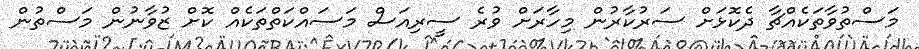
މަސްތުވާތަކެއްޗާ ދެކޮޅަށް ސަރުކާރުން މިހާރަށް ވުރެ ސީރިއަސް މަސައްކަތްތަކެއް ކޮށް ޒުވާނުން މަސްތުން